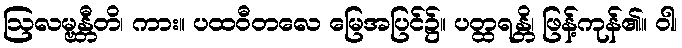
ဩလမ္ဗန္တီတိ၊ ကား။ ပထဝီတလေ မြေအပြင်၌။ ပတ္ထရန္တိ၊ ဖြန့်ကုန်၏။ ဝါ၊